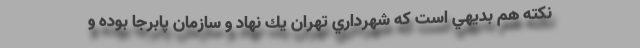
نكته هم بديهي است كه شهرداري تهران يك نهاد و سازمان پابرجا بوده و